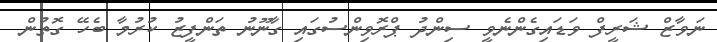
ނަވާޒް ޝަރީފް ވަޑައިގެންނެވީ ސިންދު ޕްރޮވިންސުގައި ގާނޫނު ތަންފީޒު ކުރުމާ ބެހޭ ގޮތުން